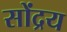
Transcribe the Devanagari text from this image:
सोंद्रय